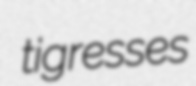
tigresses